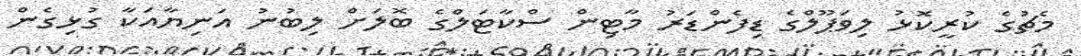
މެޗުގެ ކުރީކޮޅު ލިވަޕޫލްގެ ޑިފެންޑަރު މާޓިން ސްކާޓަލްގެ ބޮލަށް ލިބުނު އަނިޔާއަކާ ގުޅިގެން